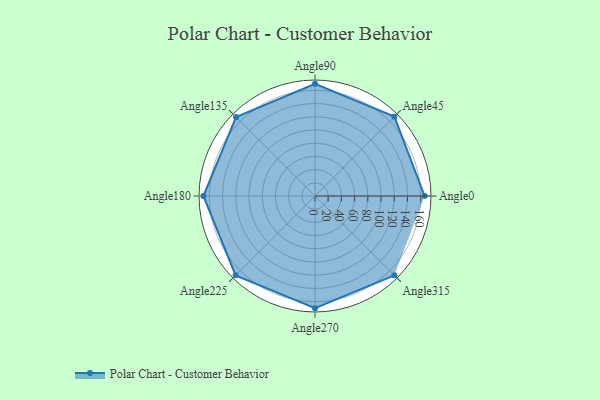
{"axis": {"x": "Angle", "y": "Radius"}, "legend": [""], "data": [{"x": "Angle0", "y": 166.0, "type": ""}, {"x": "Angle45", "y": 170, "type": ""}, {"x": "Angle90", "y": 170, "type": ""}, {"x": "Angle135", "y": 169.0, "type": ""}, {"x": "Angle180", "y": 169.0, "type": ""}, {"x": "Angle225", "y": 170, "type": ""}, {"x": "Angle270", "y": 170, "type": ""}, {"x": "Angle315", "y": 170, "type": ""}]}